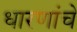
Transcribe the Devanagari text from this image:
धारणांचे